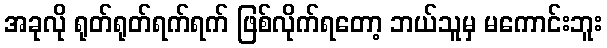
အခုလို ရုတ်ရုတ်ရက်ရက် ဖြစ်လိုက်ရတော့ ဘယ်သူမှ မကောင်းဘူး